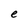
Character: e